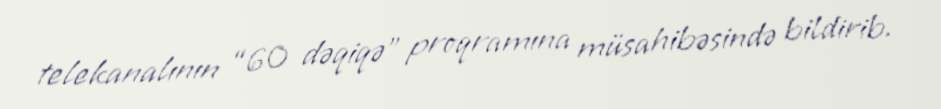
telekanalının “60 dəqiqə” proqramına müsahibəsində bildirib.